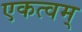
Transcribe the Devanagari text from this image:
एकत्वम्